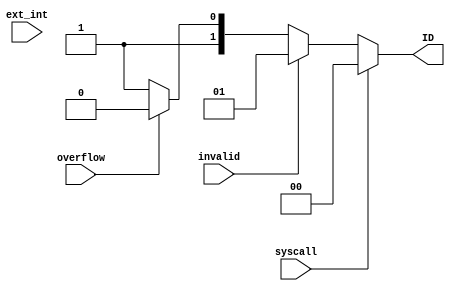
`timescale 1ns / 1ps
//////////////////////////////////////////////////////////////////////////////////
// Company: 
// Engineer: 
// 
// Design Name: 
// Module Name: Priority_Encoder
// Project Name: 
// Target Devices: 
// Tool Versions: 
// Description: 
// 
// Dependencies: 
// 
// Revision:
// Revision 0.01 - File Created
// Additional Comments:
// 
//////////////////////////////////////////////////////////////////////////////////


module Priority_Encoder(
    input syscall, overflow, invalid, ext_int,
    output reg [1:0]ID
    );
    // Don't need enable bit as it should always be
    // on as it is looking for interrupts
    always@(*)
    begin
        if(syscall)         ID <= 0;
        else if (invalid)   ID <= 1;
        else if (overflow)  ID <= 2;
        else if (ext_int)   ID <= 3;
        else                ID <= 3;
    end
endmodule